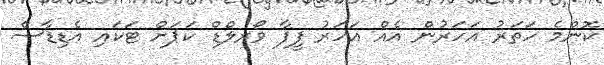
ކޮންމެ ހަތަރު އަހަރުން އެއް އަހަރު ފީފާ ވޯރލްޑް ކަޕަށް ޓަކައި އެޑިޑާސް